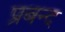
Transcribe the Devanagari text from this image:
प्रबन्द